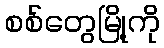
စစ်တွေမြို့ကို